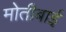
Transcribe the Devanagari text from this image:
मोतीबाई